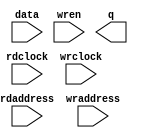
module RAM_AD_TO_VGA (
	data,
	rdaddress,
	rdclock,
	wraddress,
	wrclock,
	wren,
	q);

	input	[7:0]  data;
	input	[9:0]  rdaddress;
	input	  rdclock;
	input	[9:0]  wraddress;
	input	  wrclock;
	input	  wren;
	output	[7:0]  q;
`ifndef ALTERA_RESERVED_QIS
// synopsys translate_off
`endif
	tri1	  wrclock;
	tri0	  wren;
`ifndef ALTERA_RESERVED_QIS
// synopsys translate_on
`endif

endmodule